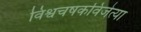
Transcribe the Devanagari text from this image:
विश्वचषकविजेत्या